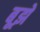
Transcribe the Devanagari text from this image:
बूझें